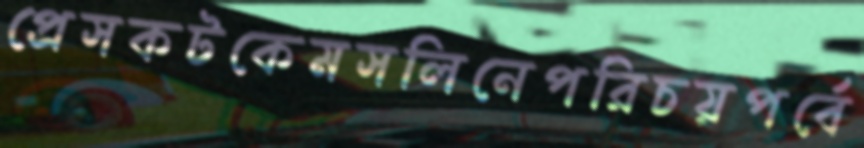
প্রেসকটকেমসলিনেপরিচয়পর্বে